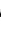
CASHIER